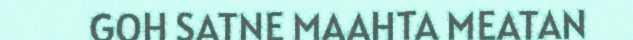
GOH SATNE MAAHTA MEATAN